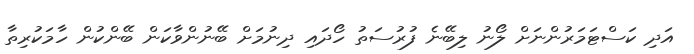
އަދި ކަސްޓަމަރުންނަށް ލޯނު ލިބޭނެ ފުރުސަތު ހޯދައި ދިނުމަށް ބޭނުންވާކަން ބޭންކުން ހާމަކުރިތާ